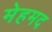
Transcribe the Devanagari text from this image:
मेहमद